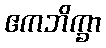
ဧကဘိက္ခာ